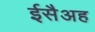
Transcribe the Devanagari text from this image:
ईसैअह